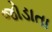
જોડાતા